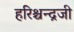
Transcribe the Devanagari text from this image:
हरिश्चन्द्रजी